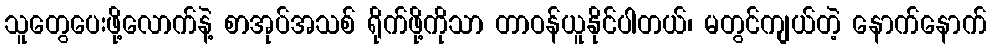
သူတွေပေးဖို့လောက်နဲ့ စာအုပ်အသစ် ရိုက်ဖို့ကိုသာ တာဝန်ယူနိုင်ပါတယ်၊ မတွင်ကျယ်တဲ့ နောက်နောက်